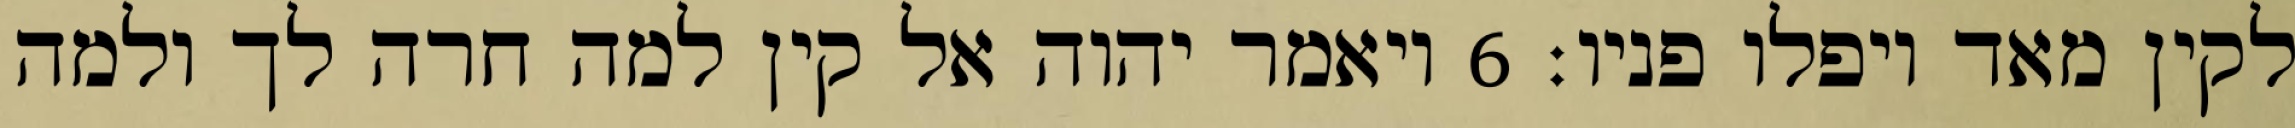
לקין מאד ויפלו פניו׃ ‎6‏ ויאמר יהוה אל קין למה חרה לך ולמה